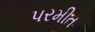
પરમીત